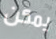
يمكن